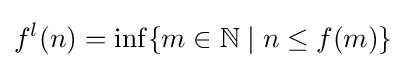
f^{l}(n)=\inf\{m\in \mathbb {N} \mid n\leq f(m)\}